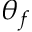
\theta _ { f }